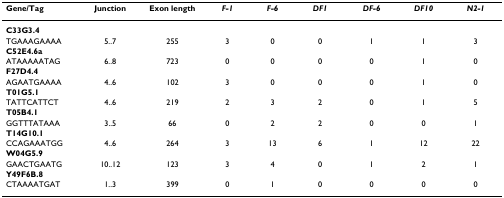
<table><thead><tr><td><b>Gene/Tag</b></td><td><b>Junction</b></td><td><b>Exon length</b></td><td><b><i>F-1</i></b></td><td><b><i>F-6</i></b></td><td><b><i>DF1</i></b></td><td><b><i>DF-6</i></b></td><td><b><i>DF10</i></b></td><td><b><i>N2-1</i></b></td></tr></thead><tbody><tr><td><b>C33G3.4</b></td><td></td><td></td><td></td><td></td><td></td><td></td><td></td><td></td></tr><tr><td>TGAAAGAAAA</td><td>5..7</td><td>255</td><td>3</td><td>0</td><td>0</td><td>1</td><td>1</td><td>3</td></tr><tr><td><b>C52E4.6a</b></td><td></td><td></td><td></td><td></td><td></td><td></td><td></td><td></td></tr><tr><td>ATAAAAATAG</td><td>6..8</td><td>723</td><td>0</td><td>0</td><td>0</td><td>0</td><td>1</td><td>0</td></tr><tr><td><b>F27D4.4</b></td><td></td><td></td><td></td><td></td><td></td><td></td><td></td><td></td></tr><tr><td>AGAATGAAAA</td><td>4..6</td><td>102</td><td>3</td><td>0</td><td>0</td><td>0</td><td>1</td><td>0</td></tr><tr><td><b>T01G5.1</b></td><td></td><td></td><td></td><td></td><td></td><td></td><td></td><td></td></tr><tr><td>TATTCATTCT</td><td>4..6</td><td>219</td><td>2</td><td>3</td><td>2</td><td>0</td><td>1</td><td>5</td></tr><tr><td><b>T05B4.1</b></td><td></td><td></td><td></td><td></td><td></td><td></td><td></td><td></td></tr><tr><td>GGTTTATAAA</td><td>3..5</td><td>66</td><td>0</td><td>2</td><td>2</td><td>0</td><td>0</td><td>1</td></tr><tr><td><b>T14G10.1</b></td><td></td><td></td><td></td><td></td><td></td><td></td><td></td><td></td></tr><tr><td>CCAGAAATGG</td><td>4..6</td><td>264</td><td>3</td><td>13</td><td>6</td><td>1</td><td>12</td><td>22</td></tr><tr><td><b>W04G5.9</b></td><td></td><td></td><td></td><td></td><td></td><td></td><td></td><td></td></tr><tr><td>GAACTGAATG</td><td>10..12</td><td>123</td><td>3</td><td>4</td><td>0</td><td>1</td><td>2</td><td>1</td></tr><tr><td><b>Y49F6B.8</b></td><td></td><td></td><td></td><td></td><td></td><td></td><td></td><td></td></tr><tr><td>CTAAAATGAT</td><td>1..3</td><td>399</td><td>0</td><td>1</td><td>0</td><td>0</td><td>0</td><td>0</td></tr></tbody></table>